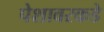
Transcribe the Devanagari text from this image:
पेशावरकडे